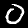
Digit: 0